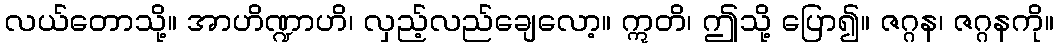
လယ်တောသို့။ အာဟိဏ္ဍာဟိ၊ လှည့်လည်ချေလော့။ ဣတိ၊ ဤသို့ ပြော၍။ ဇဂ္ဂန၊ ဇဂ္ဂနကို။